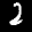
Label: 2